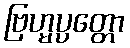
ဗြဟ္မပ္ပတ္တော